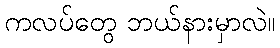
ကလပ်တွေ ဘယ်နားမှာလဲ။